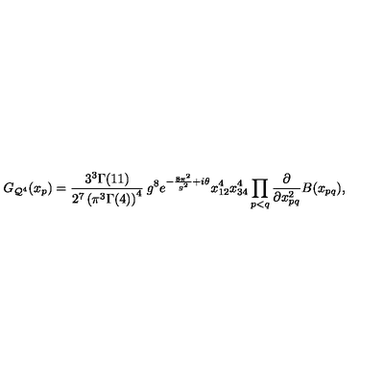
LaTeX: G _ { { \cal Q } ^ { 4 } } ( x _ { p } ) = \frac { 3 ^ { 3 } \Gamma ( 1 1 ) } { 2 ^ { 7 } \left( \pi ^ { 3 } \Gamma ( 4 ) \right) ^ { 4 } } \: g ^ { 8 } e ^ { - \frac { 8 \pi ^ { 2 } } { g ^ { 2 } } + i \theta } x _ { 1 2 } ^ { 4 } x _ { 3 4 } ^ { 4 } \prod _ { p < q } \frac { \partial } { \partial x _ { p q } ^ { 2 } } B ( x _ { p q } ) ,